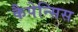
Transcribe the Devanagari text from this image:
कैपेन्सिस